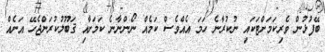
ބޭފުޅުން ވެރިކަމަށްޓަކައި ނުކުރާނެ ހަމަ އެއްވެސް ކަމެއް ނޯންނާނެ ކަމަށާއި ޤަބޫލުކުރަންޖެހޭ އަނެއް